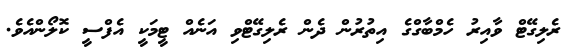
ރެލިގޭޓް ވާއިރު ހެމްބާގްގެ އިތުރުން ދެން ރެލިގޭޓްވި އަނެއް ޓީމަކީ އެފްސީ ކޮލޯންއެވެ.